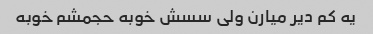
یه کم دیر میارن ولی سسش خوبه حجمشم خوبه